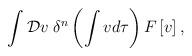
\begin{align*}\int {\cal D}v \; \delta^{n}\left(\int v d\tau \right)F\left[v\right] ,\end{align*}